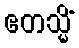
ဧတသ္မိံ